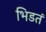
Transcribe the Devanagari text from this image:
भिडतं